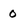
Character: 0